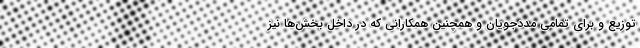
توزیع و برای تمامی مددجویان و همچنین همکارانی که در داخل بخش‌ها نیز